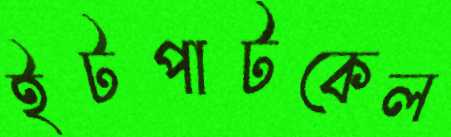
ইটপাটকেল